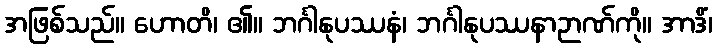
အဖြစ်သည်။ ဟောတိ၊ ၏။ ဘင်္ဂါနုပဿနံ၊ ဘင်္ဂါနုပဿနာဉာဏ်ကို။ အာဒိံ၊